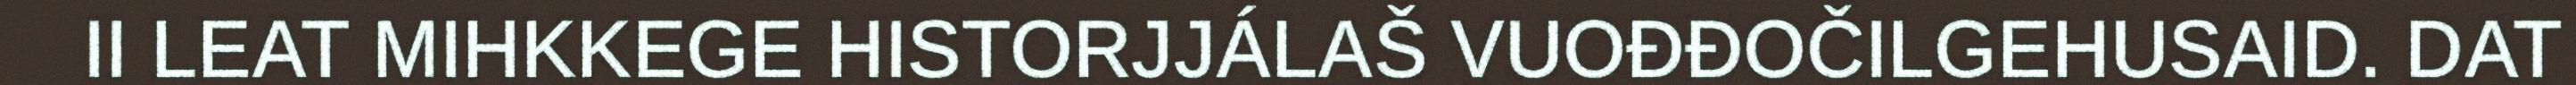
II LEAT MIHKKEGE HISTORJJÁLAŠ VUOĐĐOČILGEHUSAID. DAT